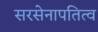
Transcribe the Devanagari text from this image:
सरसेनापतित्व